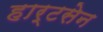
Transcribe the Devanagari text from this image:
हार्टसेन